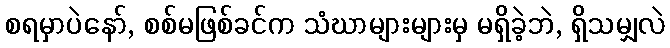
စရမှာပဲနော်, စစ်မဖြစ်ခင်က သံဃာများများမှ မရှိခဲ့ဘဲ, ရှိသမျှလဲ